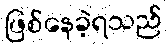
ဖြစ်နေခဲ့ရသည်